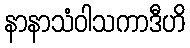
နာနာသံဝါသကာဒီဟိ